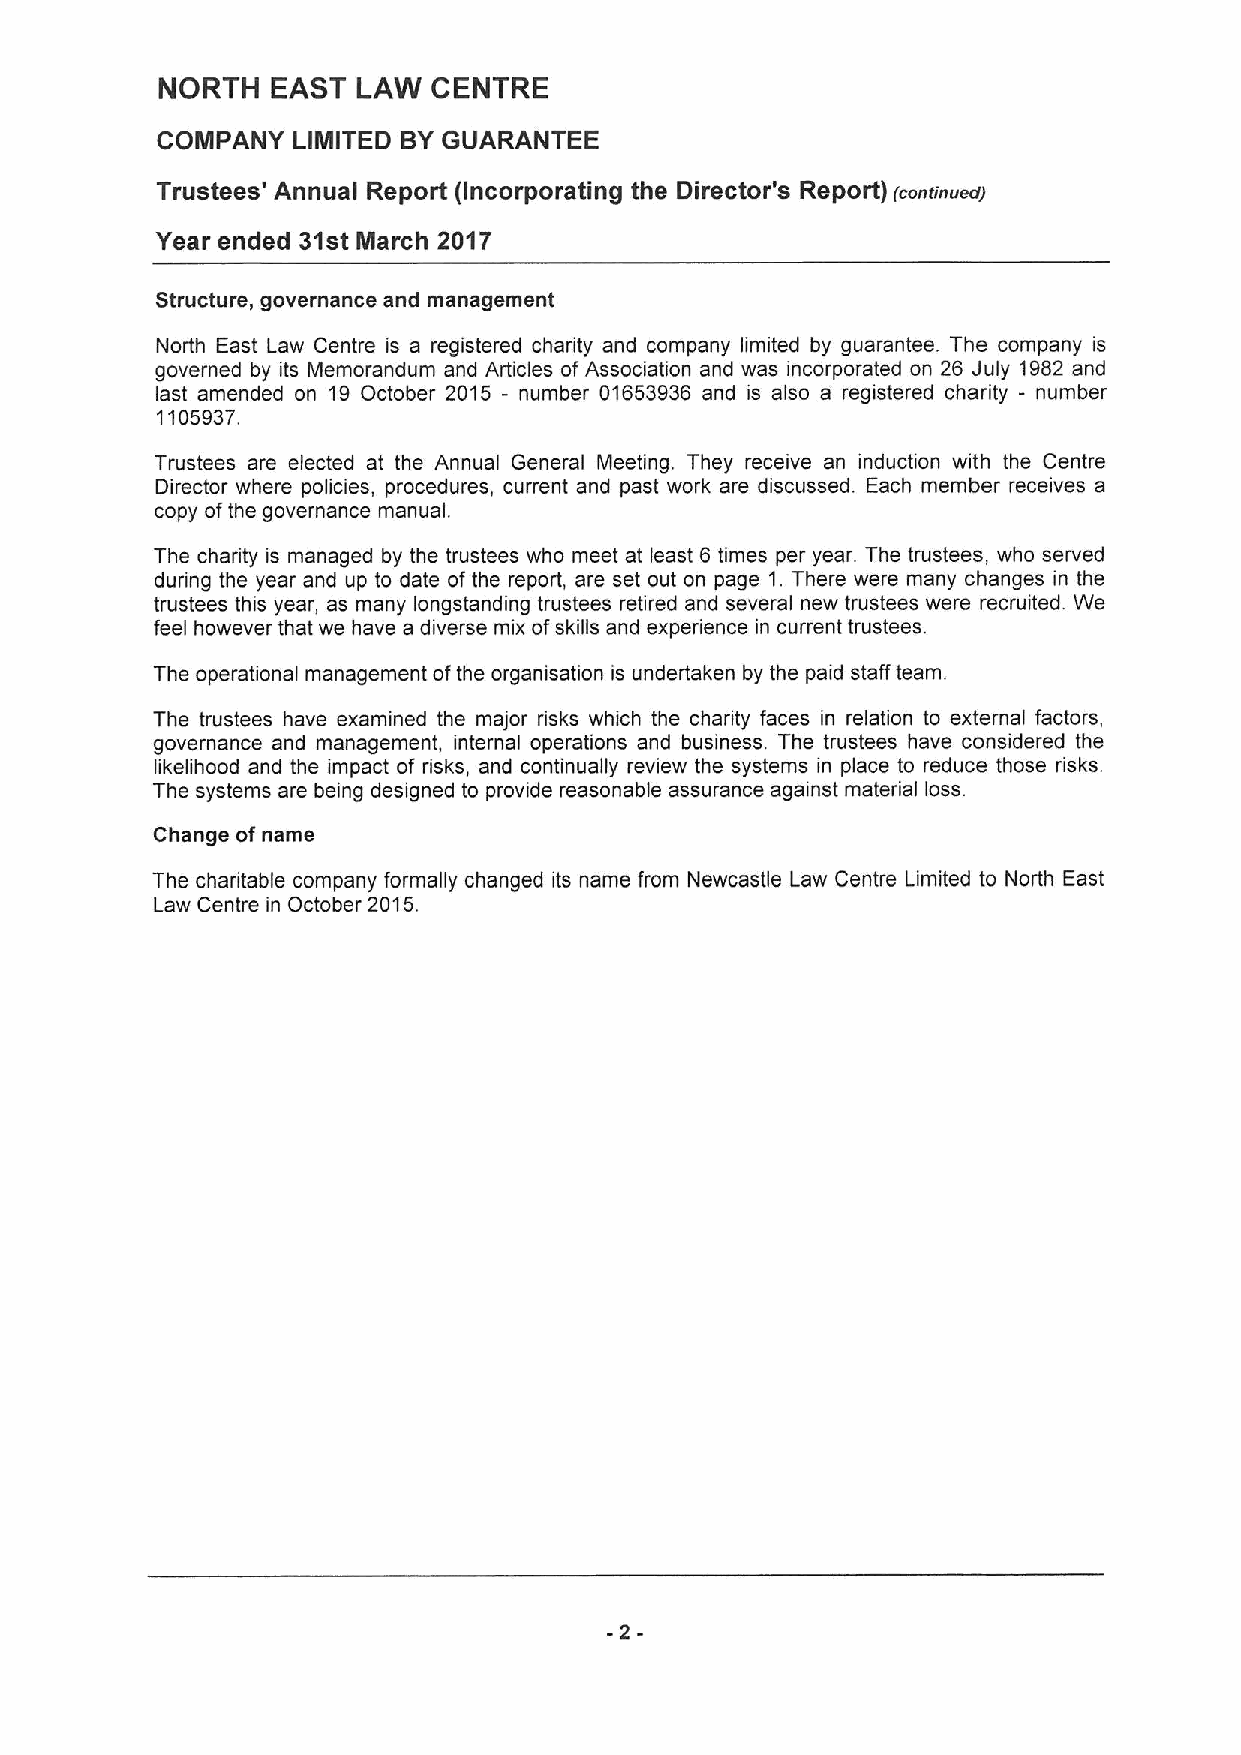
NORTH   EAST  LAW  CENTRE
 COMPANY  LIMITED BYGUARANTEE
 Trustees' Annual Report (Incorporating the Director's Report) (continued)
 Year ended 31st March 2017
 Structure, governance and management
 North East Law Centre is a registered charity and company limited by guarantee. The company is
 governed by its Memorandum and Articles of Association and was incorporated on 26 July 1962 and
 last amended on 19 October 2015 - number 01653936 and is also a registered charity - number
 1105937.
 Trustees are elected at the Annual General Meeting. They receive an induction with the Centre
 Director where policies, procedures, current and past work are discussed. Each member receives a
 copy ofthe governance manual.
 The charity is managed by the trustees who meet at least 6 times per year. The trustees, who served
 during the year and up to date of the report, are set out on page 1.There were many changes in the
 trustees this year, as many longstanding trustees retired and several new trustees were recruited. We
 feel however that we have a diverse mix ofskills and experience in current trustees.
 The operational management ofthe organisation is undertaken by the paid staff team.
 The trustees have examined the major risks which the charity faces in relation to external factors,
 governance and management, internal operations and business. The trustees have considered the
 likelihood and the impact of risks, and continually review the systems in place to reduce those risks.
 The systems are being designed to provide reasonable assurance against material loss.
 Change ofname
 The charitable company formally changed its name from Newcastle Law Centre Limited to North East
 I aw Centre in October 2015.